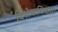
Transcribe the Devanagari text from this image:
विशेषाधिकार।